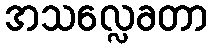
အသလ္လေခတာ